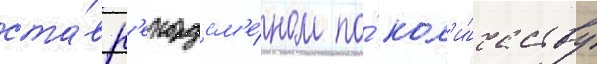
ста́в р'екордсм'е́ном по́ кол'и́честву